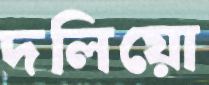
দলিয়ো